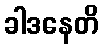
ခါဒနေတိ